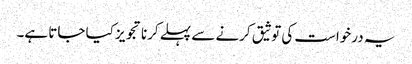
یہ درخواست کی توثیق کرنے سے پہلے کرنا تجویز کیا جاتا ہے۔